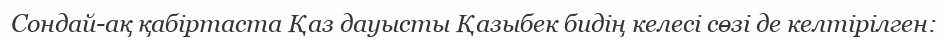
Сондай-ақ қабіртаста Қаз дауысты Қазыбек бидің келесі сөзі де келтірілген: